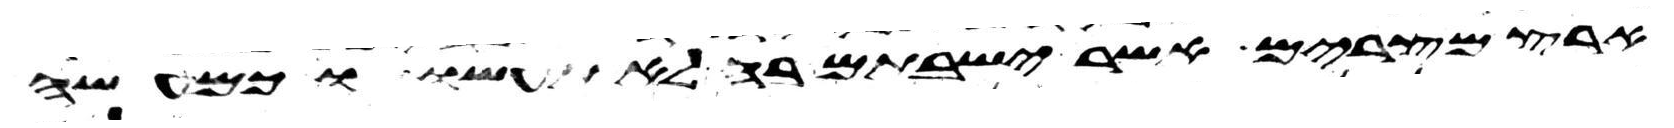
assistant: ארץ מצרים אשר ישבתם בה לא תעשו וכמעשה